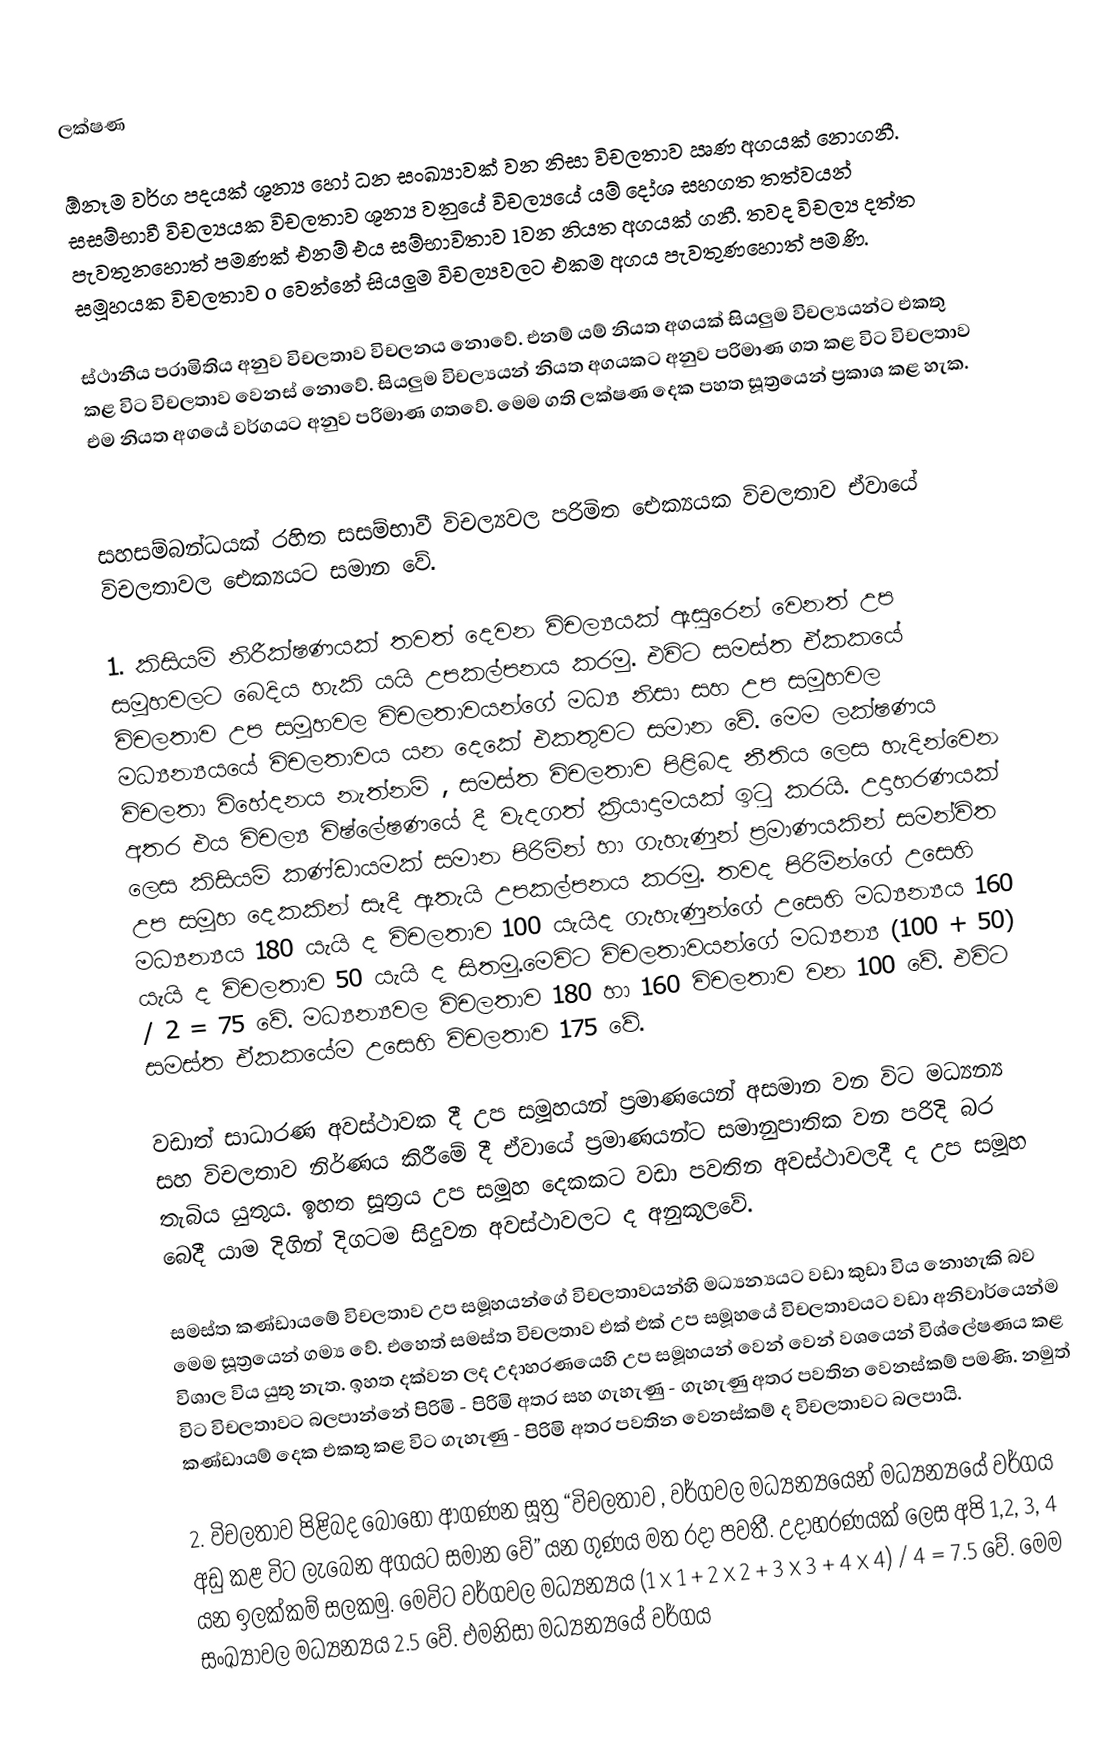
ලක්ෂණ

ඕනෑම වර්ග පදයක් ශූන්‍ය හෝ ධන සංඛ්‍යාවක් වන නිසා විචලතාව ඍණ අගයක් නොගනී. සසම්භාවී විචල්‍යයක විචලතාව ශූන්‍ය වනුයේ විචල්‍යයේ යම් දෝශ සහගත තත්වයන් පැවතුනහොත් පමණක් එනම් එය සම්භාවිතාව 1වන  නියත අගයක් ගනී. තවද විචල්‍ය දත්ත සමූහයක විචලතාව  o වෙන්නේ සියලුම විචල්‍යවලට එකම අගය පැවතුණහොත් පමණි.

ස්ථානීය පරාමිතිය අනුව විචලතාව විචලනය නොවේ. එනම් යම් නියත අගයක් සියලුම විචල්‍යයන්ට එකතු කළ විට විචලතාව වෙනස් නොවේ.  සියලුම විචල්‍යයන් නියත අගයකට අනුව පරිමාණ ගත කළ විට විචලතාව එම නියත අගයේ වර්ගයට අනුව පරිමාණ ගතවේ. මෙම ගති ලක්ෂණ දෙක පහත සූත්‍රයෙන් ප්‍රකාශ කළ හැක.

සහසම්බන්ධයක් රහිත සසම්භාවී විචල්‍යවල පරිමිත ඓක්‍යයක විචලතාව ඒවායේ විචලතාවල  ඓක්‍යයට සමාන වේ.

1.	කිසියම් නිරීක්ෂණයක් තවත් දෙවන විචල්‍යයක් ඇසුරෙන් වෙනත් උප සමූහවලට බෙදිය හැකි යයි උපකල්පනය කරමු. එවිට සමස්ත ඒකකයේ විචලතාව උප සමූහවල විචලතාවයන්ගේ මධ්‍ය නිසා සහ උප සමූහවල මධ්‍යන්‍යයයේ විචලතාවය යන දෙකේ එකතුවට සමාන වේ. මෙම ලක්ෂණය විචලතා විහේදනය නැත්නම් , සමස්ත විචලතාව පිළිබද නීතිය ලෙස හැදින්වෙන අතර එය විචල්‍ය විෂ්ලේෂණයේ දී වැදගත් ක්‍රියාදාමයක් ඉටු කරයි. උදාහරණයක් ලෙස කිසියම් කණ්ඩායමක් සමාන පිරිමින් හා ගැහැණුන් ප්‍රමාණයකින් සමන්විත උප සමූහ දෙකකින් සෑදී ඇතැයි උපකල්පනය කරමු. තවද පිරිමින්ගේ උසෙහි මධ්‍යන්‍යය 180 යැයි ද විචලතාව 100 යැයිද ගැහැණුන්ගේ උසෙහි මධ්‍යන්‍යය 160 යැයි ද විචලතාව 50 යැයි ද සිතමු.මෙවිට විචලතාවයන්ගේ මධ්‍යන්‍ය (100 + 50) / 2 = 75 වේ. මධ්‍යන්‍යවල විචලතාව 180 හා 160 විචලතාව වන 100 වේ. එවිට සමස්ත ඒකකයේම උසෙහි විචලතාව 175 වේ.

වඩාත් සාධාරණ අවස්ථාවක දී උප සමූහයන් ප්‍රමාණයෙන් අසමාන වන විට මධ්‍යන්‍ය සහ විචලතාව නිර්ණය කිරීමේ දී ඒවායේ ප්‍රමාණයන්ට සමානුපාතික වන පරිදි බර තැබිය යුතුය. ඉහත සූත්‍රය උප සමූහ දෙකකට වඩා පවතින අවස්ථාවලදී ද උප සමූහ බෙදී යාම දිගින් දිගටම සිදුවන අවස්ථාවලට ද අනුකූලවේ.

සමස්ත කණ්ඩායමේ විචලතාව උප සමූහයන්ගේ විචලතාවයන්හි මධ්‍යන්‍යයට වඩා කුඩා විය නොහැකි බව මෙම සූත්‍රයෙන් ගම්‍ය වේ. එහෙත් සමස්ත විචලතාව එක් එක් උප සමූහයේ විචලතාවයට වඩා අනිවාර්යෙන්ම විශාල විය යුතු නැත. ඉහත දක්වන ලද උදාහරණයෙහි උප සමූහයන් වෙන් වෙන් වශයෙන් විශ්ලේෂණය කළ විට විචලතාවට බලපාන්නේ පිරිමි - පිරිමි අතර සහ ගැහැණු - ගැහැණු අතර පවතින වෙනස්කම් පමණි. නමුත් කණ්ඩායම් දෙක එකතු කළ විට ගැහැණු - පිරිමි අතර පවතින වෙනස්කම් ද විචලතාවට බලපායි.

2.	විචලතාව පිළිබද බොහෝ ආගණන සූත්‍ර “විචලතාව , වර්ගවල මධ්‍යන්‍යයෙන් මධ්‍යන්‍යයේ වර්ගය අඩු කළ විට ලැබෙන අගයට සමාන වේ” යන ගුණය මත රදා පවතී. උදාහරණයක් ලෙස අපි 1,2, 3, 4 යන ඉලක්කම් සලකමු. මෙවිට වර්ගවල මධ්‍යන්‍යය (1 x 1 + 2 x 2 + 3 x 3 + 4 x 4) / 4 = 7.5 වේ. මෙම සංඛ්‍යාවල මධ්‍යන්‍යය 2.5 වේ. එමනිසා මධ්‍යන්‍යයේ වර්ගය